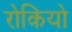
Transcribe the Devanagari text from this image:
रोकियो